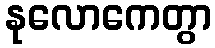
နုလောကေတွာ